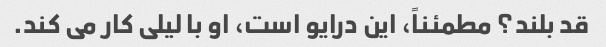
قد بلند؟ مطمئناً، این درایو است، او با لیلی کار می کند.